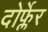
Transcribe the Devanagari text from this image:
दोर्फ्लेर